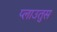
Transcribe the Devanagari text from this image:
प्लाउतुस